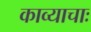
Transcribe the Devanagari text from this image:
काव्याचाः